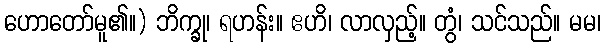
ဟောတော်မူ၏။) ဘိက္ခု၊ ရဟန်း။ ဧဟိ၊ လာလှည့်။ တွံ၊ သင်သည်။ မမ၊